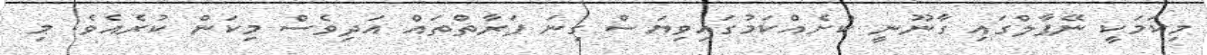
މިކަމަކީ ނޭޕާލްގައި ގާނޫނީ ކުށެއްކަމުގައިވިޔަސް ގިނަ ފަރާތްތައް އަދިވެސް މިކަން ކުރެއެވެ. މި